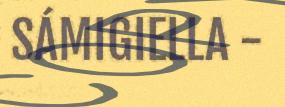
SÁMIGIELLA -